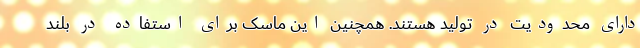
دارای محدودیت در تولید هستند. همچنین این ماسک برای استفاده در بلند